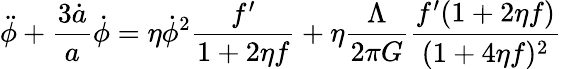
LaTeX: \ddot{\phi}+\frac{3\dot{a}}{a}\dot{\phi}=\eta\dot{\phi}^{2}\frac{f^{\prime}}{1+2\eta f}+\eta\frac{\Lambda}{2\pi G}\frac{f^{\prime}(1+2\eta f)}{(1+4\eta f)^{2}}